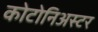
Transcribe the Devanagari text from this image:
कोटोनिअस्टर